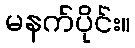
မနက်ပိုင်း။